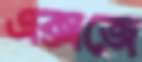
এক্সজে